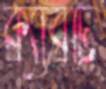
ক্যাবটি